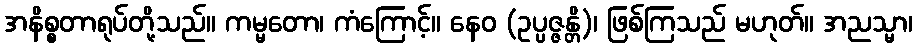
အနိစ္စတာရုပ်တို့သည်။ ကမ္မတော၊ ကံကြောင့်။ နေဝ (ဥပ္ပဇ္ဇန္တိ)၊ ဖြစ်ကြသည် မဟုတ်။ အညသ္မာ၊